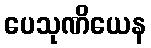
ပေသုဏိယေန